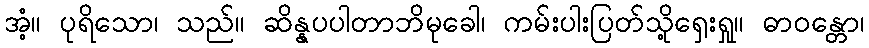
အံ့။ ပုရိသော၊ သည်။ ဆိန္နပပါတာဘိမုခေါ၊ ကမ်းပါးပြတ်သို့ရှေးရှု။ ဓာဝန္တော၊